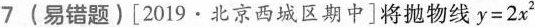
7 (易错题) [2019·北京西城区期中]将抛物线$$y = 2 x ^ { 2 }$$